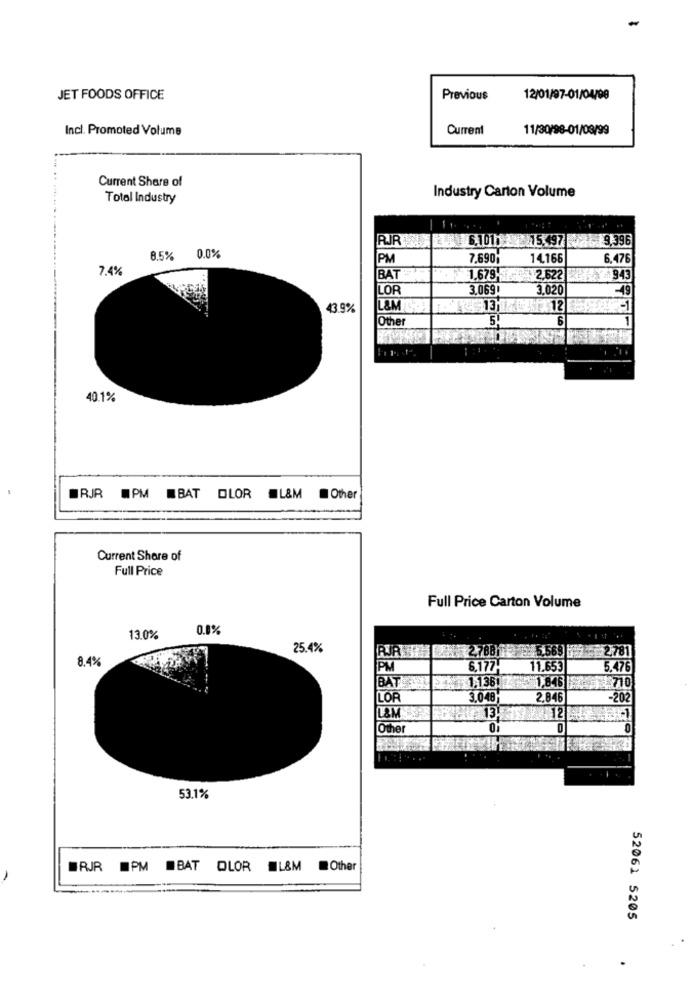
JET FOODS OFFICE
Previous
12/01/97-01/04/98
Incl. Promoted Volume
Current
11/30/98-01/08/99
Current Share of
Total Industry
Industry Carton Volume
RR 6,1011 15.497 9,396
8.5%
0.0%
PM
7,690
14.166
6,476
7.4%
BAT
1.679
2.622
943
LOR
3,069
3.020
-49
43.9%
LEM
F112
-1
Other
6
40.1%
RJR WPM BAT OLOR L&M
Other
Current Share of
Full Price
Full Price Carton Volume
0.1%
13.0%
25.4%
2,78811
565
2.781
8.4%
PM
6,177.
11.653
5.476
BAT
1,136
1,845
1 710
LOF
3.048
2,846
-202
12
Other
53.1%
WRJR PM BAT OLOR L&M
Other
52061 5205
.